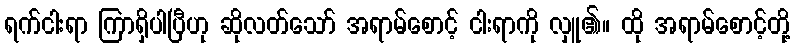
ရက်ငါးရာ ကြာရှိပါပြီဟု ဆိုလတ်သော် အရာမ်စောင့် ငါးရာကို လှူ၏။ ထို အရာမ်စောင့်တို့